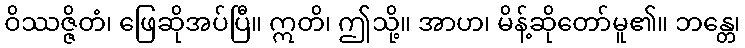
ဝိဿဇ္ဇိတံ၊ ဖြေဆိုအပ်ပြီ။ ဣတိ၊ ဤသို့။ အာဟ၊ မိန့်ဆိုတော်မူ၏။ ဘန္တေ၊